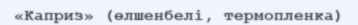
«Каприз» (өлшенбелі, термопленка)